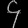
Digit: ၄